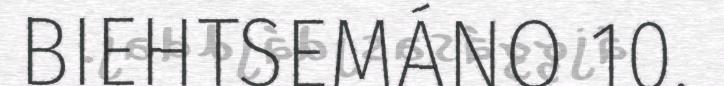
BIEHTSEMÁNO 10.